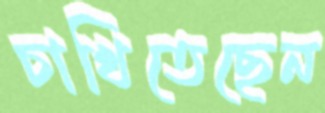
চাখিতেছেন